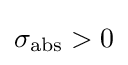
{\textstyle \sigma _{\text{abs}}>0}